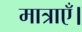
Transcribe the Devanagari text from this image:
मात्राएँ।